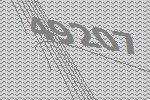
49207